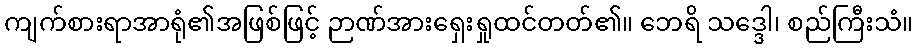
ကျက်စားရာအာရုံ၏အဖြစ်ဖြင့် ဉာဏ်အားရှေးရှုထင်တတ်၏။ ဘေရိ သဒ္ဒေါ၊ စည်ကြီးသံ။